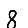
Digit: 8